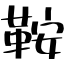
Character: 鞍